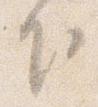
下